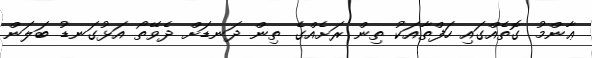
ޢާންމު ގޮތެއްގައި ހަފްތާއަކު ތިން ރަށެއްގެ ތިން ދަނޑަށް ދެވޭތޯ އަޅުގަނޑު ބަލަން